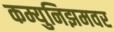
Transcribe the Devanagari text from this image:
कम्युनिझमवर